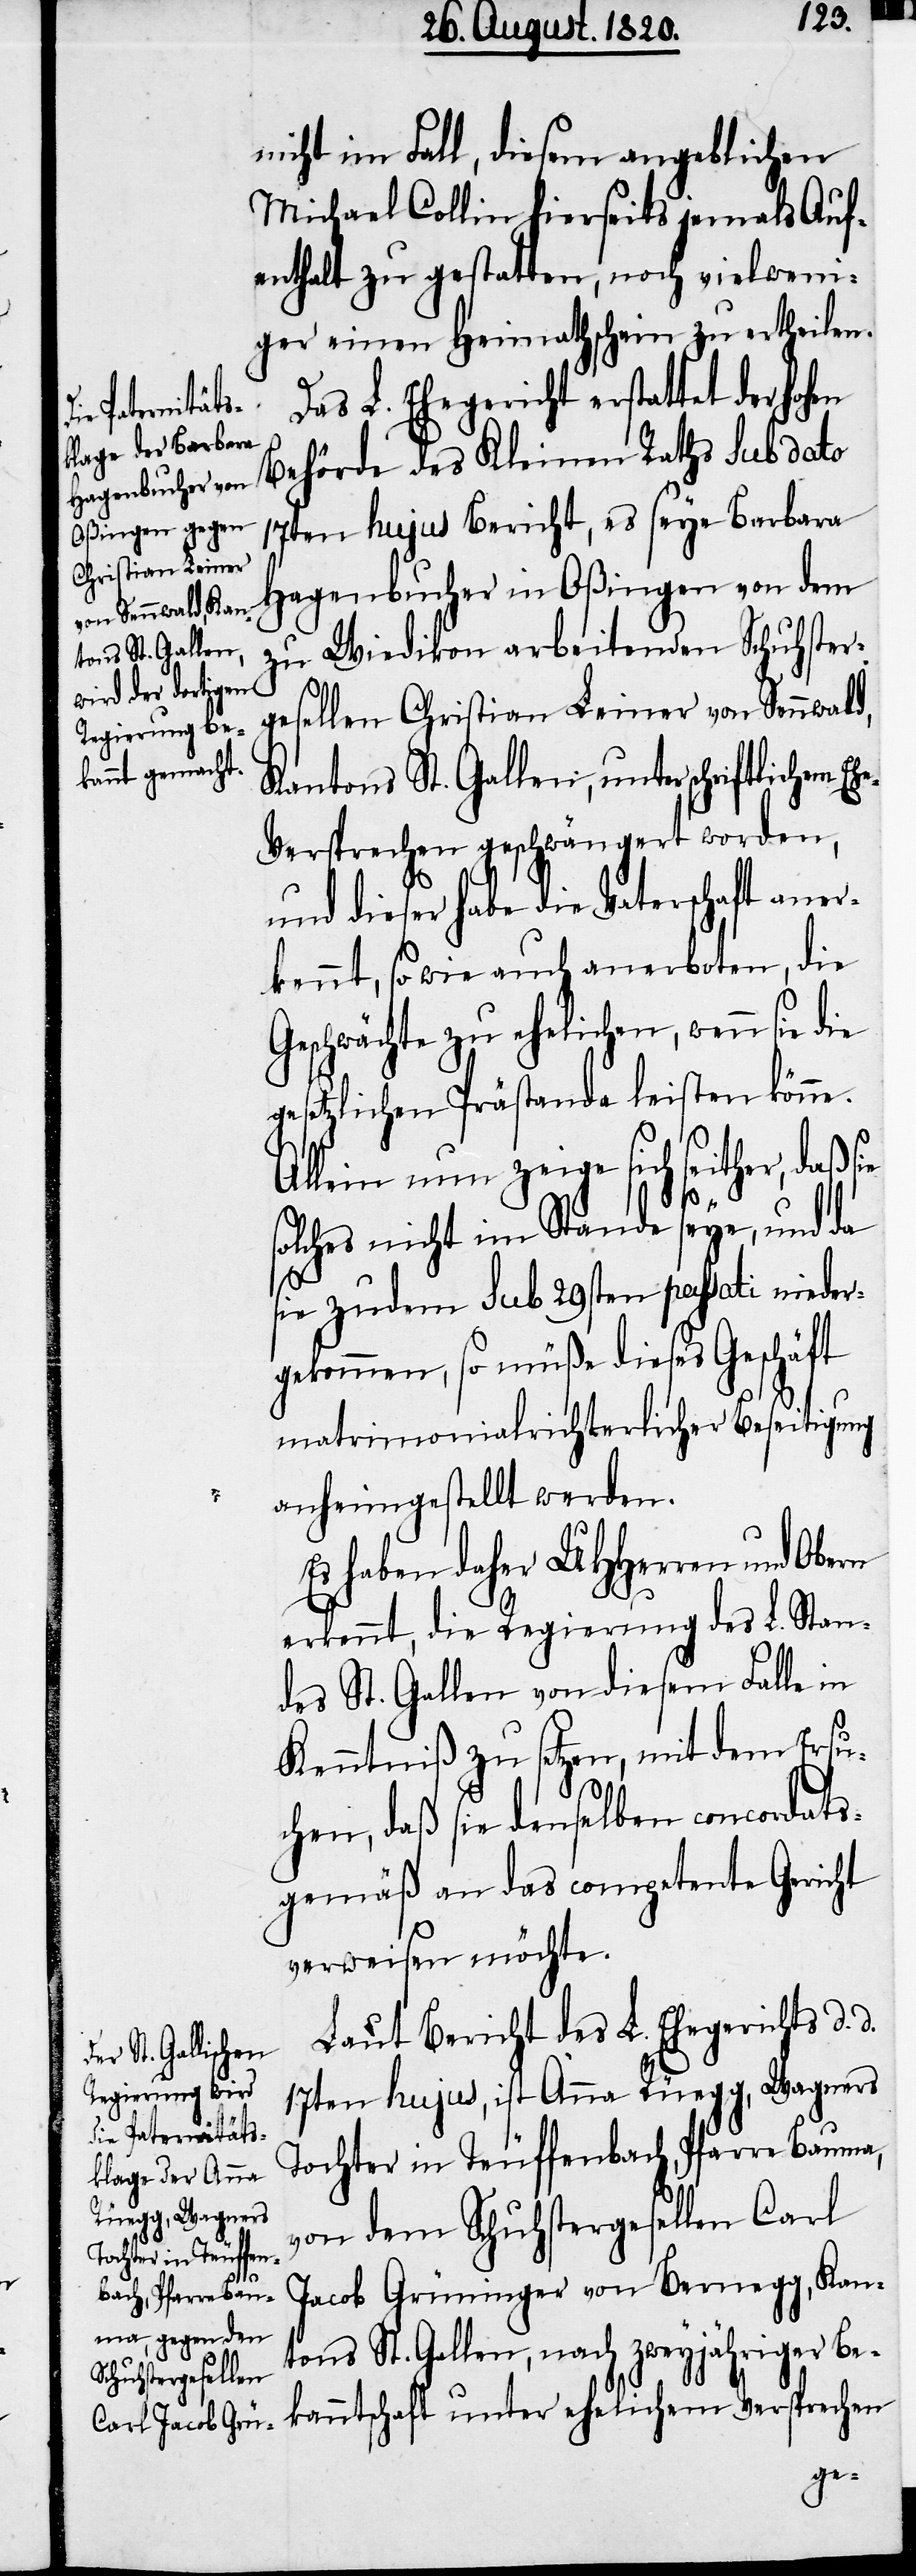
nicht im Fall, diesem angeblichen
Michael Collin hierseits jemals Auf¬
enthalt zu gestatten, noch vielweni¬
ger einen Heimathschein zu ertheilen.
Das L. Ehegericht erstattet der ho¬
Behörde des Kleinen Raths sub dato
17ten hujus Bericht, es seye Barbara
Hagenbucher in Oßingen von dem
zu Wiedikon arbeitenden Schuhster¬
hen
gesellen Christian Leiner von Sennwald,
Kantons St. Gallen, unter schriftlichem Eh¬
e-Versprechen geschwängert worden,
und dieser habe die Vaterschaft aner¬
kennt, sowie auch anerboten, die
Geschwächte zu ehelichen, wenn sie
gesetzlichen Prästanda leisten könne.
Allein nun zeige sich seither, daß s¬
ie
solche nicht im Stande seye, und da
sie zudem sub 29sten passati nieder¬
gekommen, so müße dieses Geschäft
matrimonialrichterlicher Beseitigung
anheimgestellt werden.
Es haben daher UHherren und Obern
erkennt, die Regierung des L. Stan¬
des St. Gallen von diesem Falle in
Kenntniß zu setzen, mit dem Ersu¬
chen, daß sie denselben concordats¬
gemäß an das competente Gericht
verweisen möchte.
Laut Bericht des L. Ehegerichts d.
17ten hujus, ist Anna Rüegg, Wagners
Tochter in Teuffenbach, Pfarre Bauma,
von dem Schuhstergesellen Carl
Jacob Grüninger von Bernegg, Kan¬
tons St. Gallen, nach zwejjähriger Be¬
kanntschaft unter ehelichem Versprechen